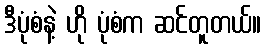
ဒီပုံစံနဲ့ ဟို ပုံစံက ဆင်တူတယ်။